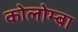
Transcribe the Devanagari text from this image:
कोलोम्बा